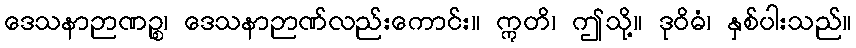
ဒေသနာဉာဏဉ္စ၊ ဒေသနာဉာဏ်လည်းကောင်း။ ဣတိ၊ ဤသို့။ ဒုဝိဓံ၊ နှစ်ပါးသည်။